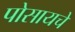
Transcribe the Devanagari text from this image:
पोसायचे